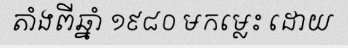
តាំងពីឆ្នាំ ១៩៨០ មកម្លេះ ដោយ